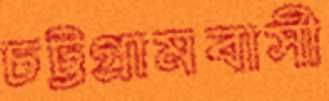
চট্টগ্রামবাসী